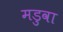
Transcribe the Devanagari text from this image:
मडुवा